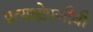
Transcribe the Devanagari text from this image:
प्रत्यक्षोपजीवी